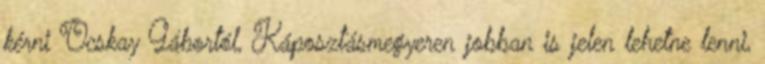
kérni Ocskay Gábortól, Káposztásmegyeren jobban is jelen lehetne lenni,